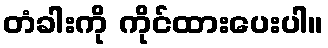
တံခါးကို ကိုင်ထားပေးပါ။